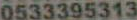
0533395313